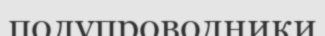
полупроводники